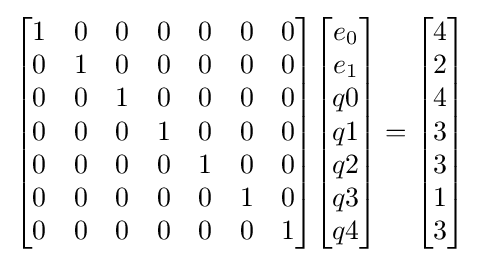
{\begin{bmatrix}1&0&0&0&0&0&0\\0&1&0&0&0&0&0\\0&0&1&0&0&0&0\\0&0&0&1&0&0&0\\0&0&0&0&1&0&0\\0&0&0&0&0&1&0\\0&0&0&0&0&0&1\\\end{bmatrix}}{\begin{bmatrix}e_{0}\\e_{1}\\q0\\q1\\q2\\q3\\q4\\\end{bmatrix}}={\begin{bmatrix}4\\2\\4\\3\\3\\1\\3\\\end{bmatrix}}